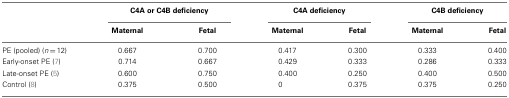
<table><thead><tr><td>[EMPTY_CELL]</td><td colspan="2"><b>C4A or C4B deficiency</b></td><td colspan="2"><b>C4A deficiency</b></td><td colspan="2"><b>C4B deficiency</b></td></tr><tr><td>[EMPTY_CELL]</td><td><b>Maternal</b></td><td><b>Fetal</b></td><td><b>Maternal</b></td><td><b>Fetal</b></td><td><b>Maternal</b></td><td><b>Fetal</b></td></tr></thead><tbody><tr><td>PE (pooled) (<i>n</i> = 12)</td><td>0.667</td><td>0.700</td><td>0.417</td><td>0.300</td><td>0.333</td><td>0.400</td></tr><tr><td>Early-onset PE (7)</td><td>0.714</td><td>0.667</td><td>0.429</td><td>0.333</td><td>0.286</td><td>0.333</td></tr><tr><td>Late-onset PE (5)</td><td>0.600</td><td>0.750</td><td>0.400</td><td>0.250</td><td>0.400</td><td>0.500</td></tr><tr><td>Control (8)</td><td>0.375</td><td>0.500</td><td>0</td><td>0.375</td><td>0.375</td><td>0.250</td></tr></tbody></table>